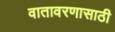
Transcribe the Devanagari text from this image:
वातावरणासाठी